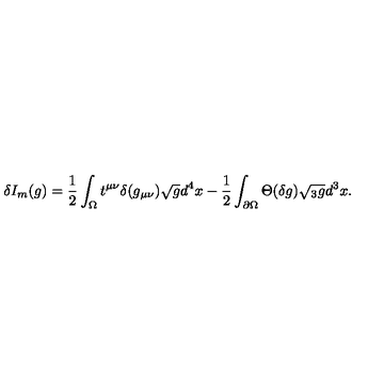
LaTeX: \delta I _ { m } ( g ) = { \frac { 1 } { 2 } } \int _ { \Omega } t ^ { \mu \nu } \delta ( g _ { \mu \nu } ) \sqrt { g } d ^ { 4 } x - { \frac { 1 } { 2 } } \int _ { \partial \Omega } \Theta ( \delta g ) \sqrt { { } _ { 3 } g } d ^ { 3 } x .